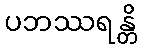
ပဘဿရန္တိ